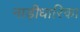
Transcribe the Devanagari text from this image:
नाड़ीधारिका